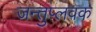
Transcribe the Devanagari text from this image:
जन्तुप्लवक